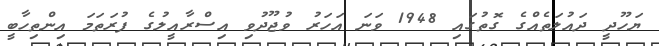
ޔަހޫދީ ދައުލަތެއްގެ ގޮތުގައި 1948 ވަނަ އަހަރު ވުޖޫދުވި އިސްރާއީލުގެ ފުރަތަމަ އިންތިހާބީ